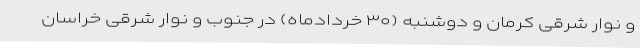
و نوار شرقی کرمان و دوشنبه (۳۰ خردادماه) در جنوب و نوار شرقی خراسان